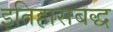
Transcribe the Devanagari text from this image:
इतिहासबद्ध